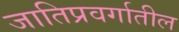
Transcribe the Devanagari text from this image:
जातिप्रवर्गातील